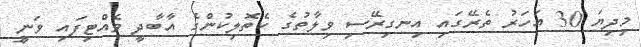
މިދިޔަ 30 އަހަރު ތެރޭގައި އިނގިރޭސި ވިލާތުގެ ކެތޮލިކުންގެ އާބާދީ ވެއްޓިފައި ވަނީ